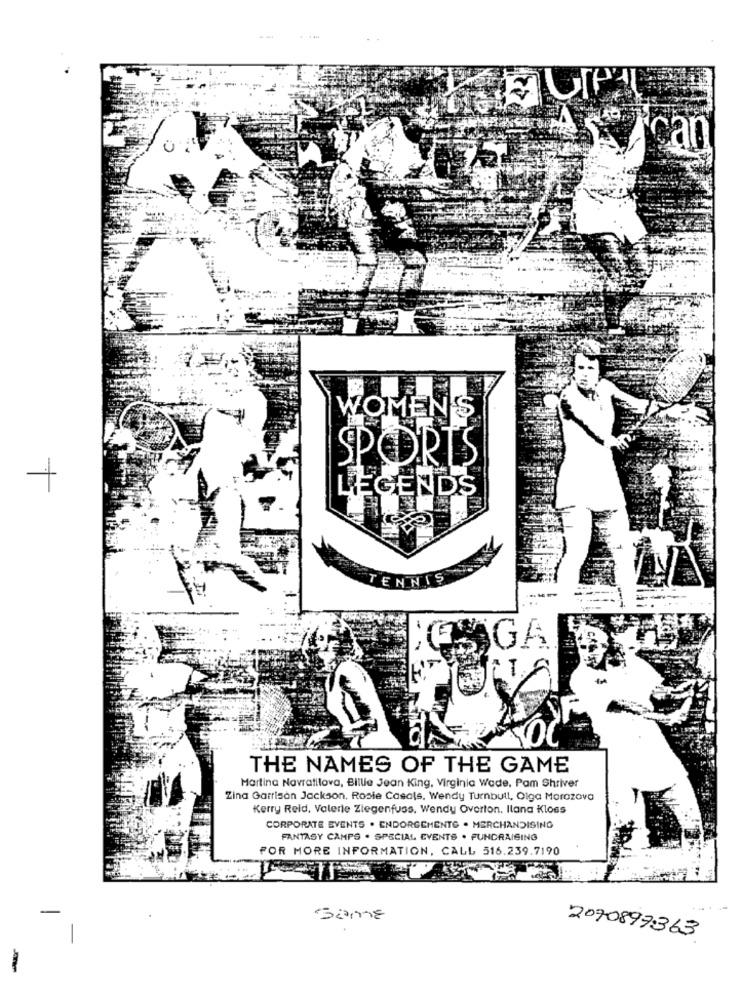
Syican
WOMEN'S
SPORTS
-
LEGENDS
TENNIS
GAGA
THE NAMES OF THE GAME
Martina Navratilova, Billie Jean King, Virginia Wade, Pam Shriver
Zina Garrison Jackson, Rosie Casals, Wendy Turnbull, Olga Morozova
Kerry Reid, Valerie Ziegenfuss. Wendy Overton, Ilana Kloss
CORPORATE EVENTS . ENDORGEMENTG . MERCHANDISING
FANTASY CAMPS . SPECIAL EVENTS . FUNDRAISING
FOR MORE INFORMATION, CALL 516.239.7190
2070897363